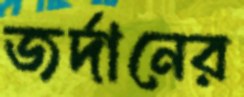
জর্দানের